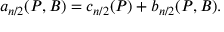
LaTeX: a _ { n / 2 } ( P , { \cal B } ) = c _ { n / 2 } ( P ) + b _ { n / 2 } ( P , { \cal B } ) .